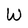
Character: W